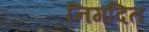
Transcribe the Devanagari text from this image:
निगदित